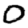
Digit: 0